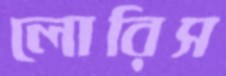
লোরিস